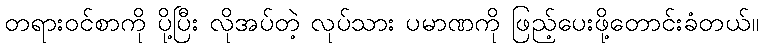
တရားဝင်စာကို ပို့ပြီး လိုအပ်တဲ့ လုပ်သား ပမာဏကို ဖြည့်ပေးဖို့တောင်းခံတယ်။